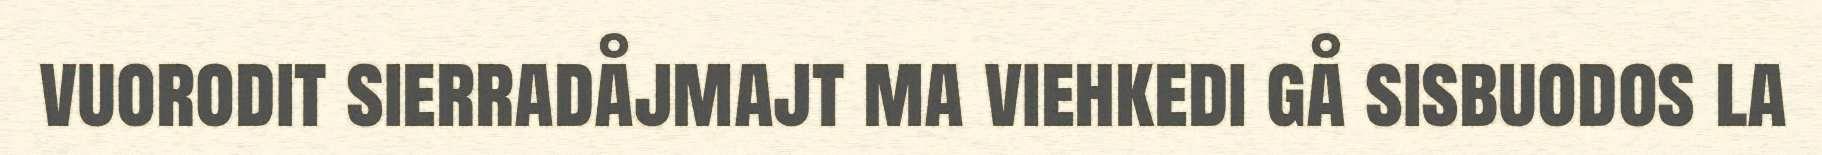
vuorodit sierradåjmajt ma viehkedi gå sisbuodos la